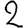
Digit: 2